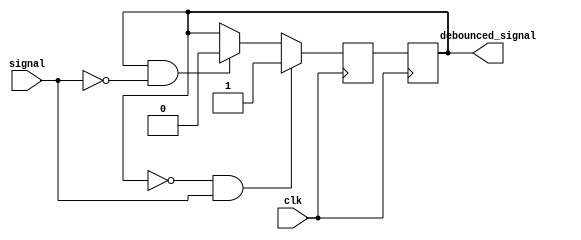
module debounce_circuit (
    input wire clk,
    input wire signal,
    output wire debounced_signal
);

reg current_state;
reg next_state;

always @(posedge clk) begin
    current_state <= next_state;
end

always @(posedge clk) begin
    if (current_state == 0 && signal == 1) begin
        next_state <= 1;
    end else if (current_state == 1 && signal == 0) begin
        next_state <= 0;
    end else begin
        next_state <= current_state;
    end
end

assign debounced_signal = current_state;

endmodule